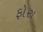
ફોરા